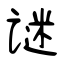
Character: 谜